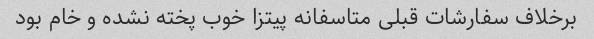
برخلاف سفارشات قبلی متاسفانه پیتزا خوب پخته نشده و خام بود